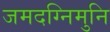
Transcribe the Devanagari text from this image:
जमदग्निमुनि